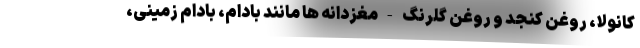
کانولا، روغن کنجد و روغن گلرنگ - مغزدانه ها مانند بادام، بادام زمینی،